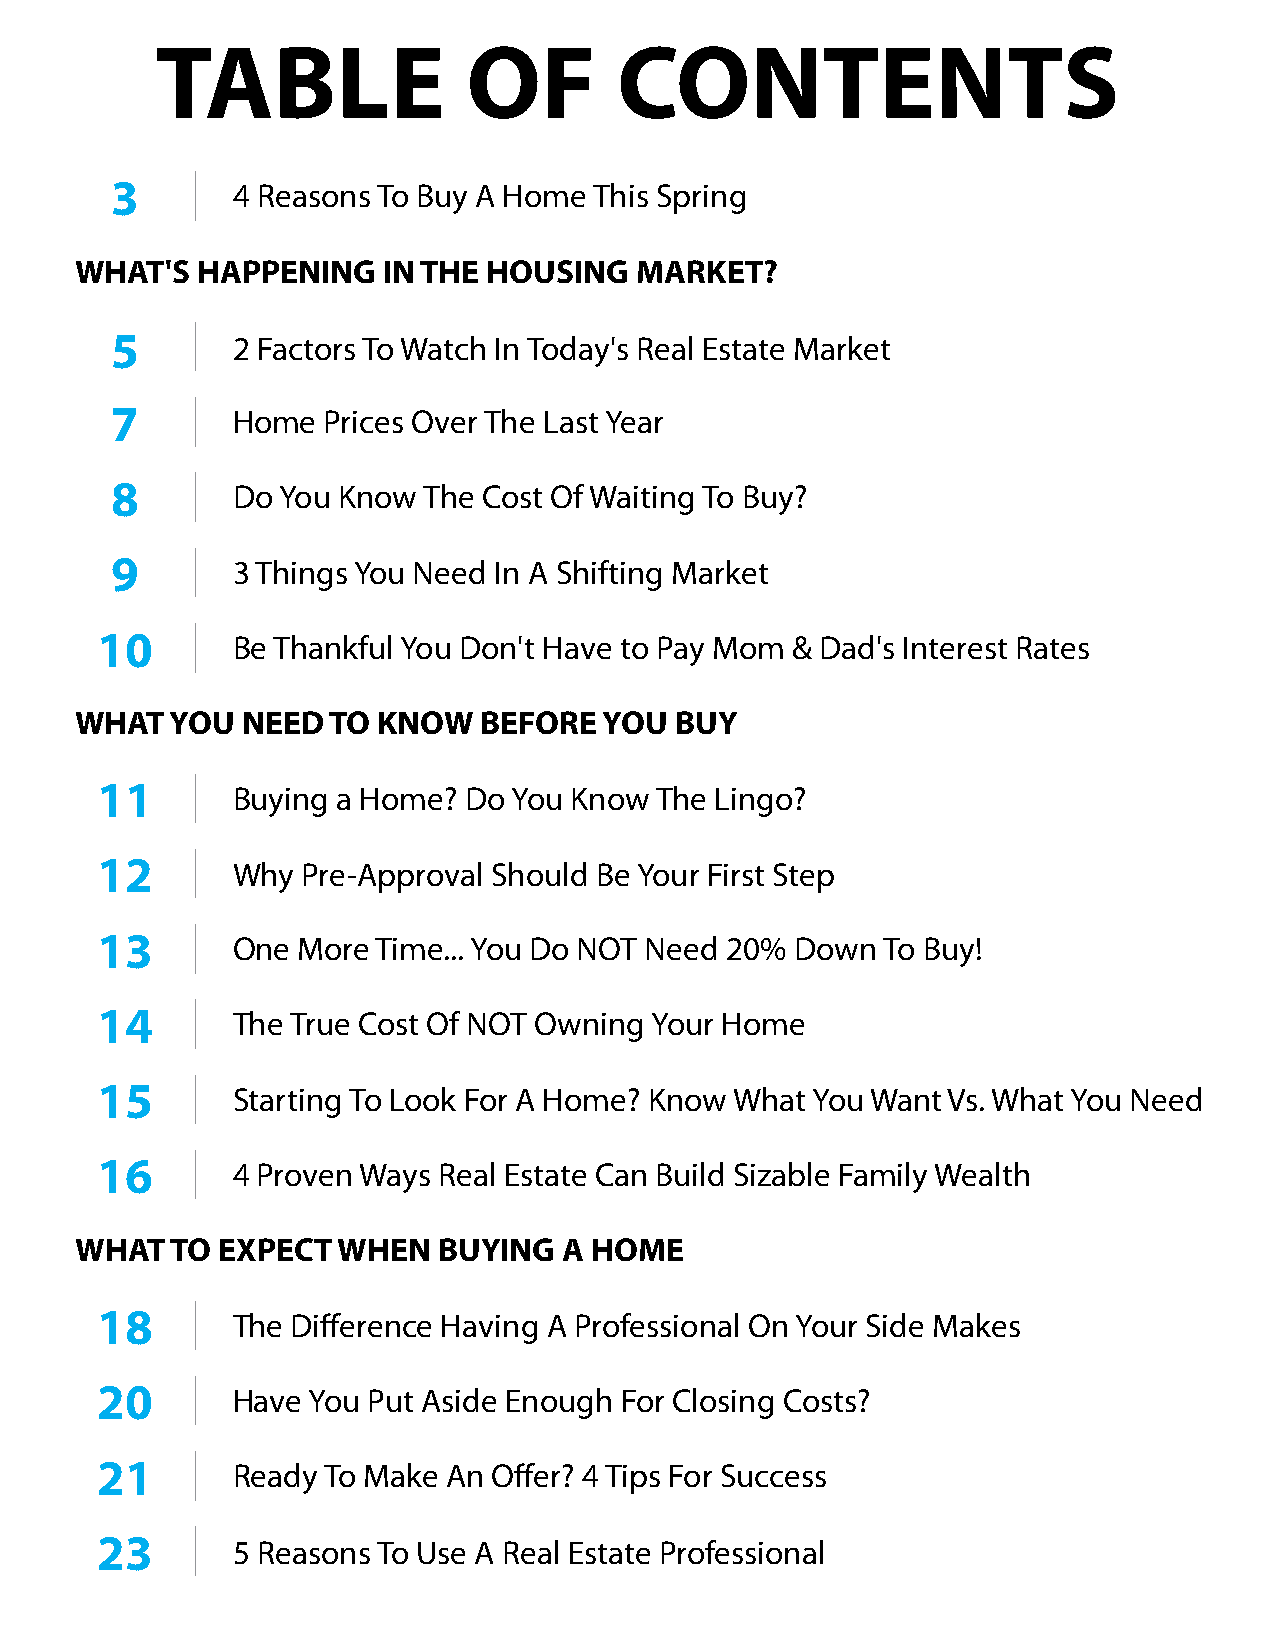
TABLE                OF        CONTENTS
 3       4 Reasons To Buy A Home This Spring
 WHAT'S  HAPPENING   IN THE HOUSING   MARKET?
 5       2 Factors To Watch In Today's Real Estate Market
 7       Home  Prices Over The Last Year
 8       Do You Know  The Cost Of Waiting To Buy?
 9       3 Things You Need In A Shifting Market
 10       Be Thankful You Don't Have to Pay Mom & Dad's Interest Rates
 WHAT  YOU  NEED  TO KNOW   BEFORE  YOU  BUY
 11       Buying a Home?  Do You Know The Lingo?
 12       Why  Pre-Approval Should Be Your First Step
 13       One  More Time... You Do NOT Need 20% Down To Buy!
 14       The True Cost Of NOT Owning Your Home
 15       Starting To Look For A Home? Know What You Want Vs. What You Need
 16       4 Proven Ways Real Estate Can Build Sizable Family Wealth
 WHAT  TO EXPECT  WHEN   BUYING  A HOME
 18       The Difference Having A Professional On Your Side Makes
 20       Have You Put Aside Enough For Closing Costs?
 21       Ready To Make  An Offer? 4 Tips For Success
 23       5 Reasons To Use A Real Estate Professional